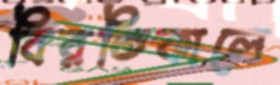
বিরতিকালে